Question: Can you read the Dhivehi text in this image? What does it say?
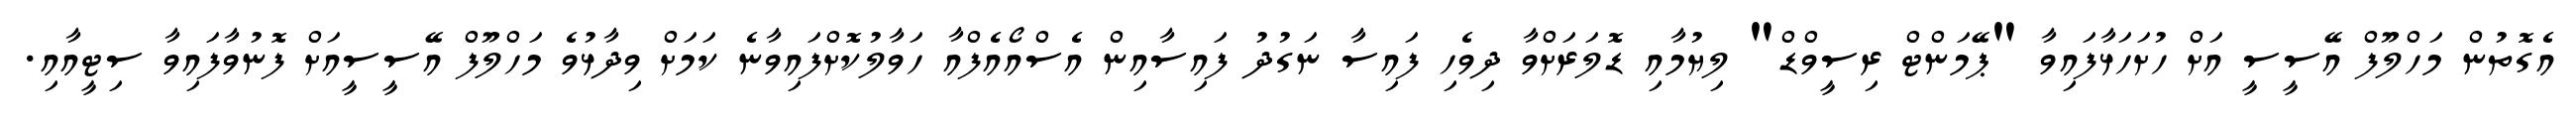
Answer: އެގޮތުން މަހްލޫފް އޭސީސީ އަށް ހުށަހަޅާފައިވާ "ޕޭމަންޓް ރިސީވްޑް" ލިޔުމާއި ޑޮލަރަށްވާ ދިވެހި ފައިސާ ނަގުދު ފައިސާއިން އެސްއޯއެފްއާ ހަވާލުކޮށްފައިވާނެ ކަމަށް ވިދާޅުވެ މަހްލޫފް އޭސީސީއަށް ފޮނުވާފައިވާ ސިޓީއާއި.